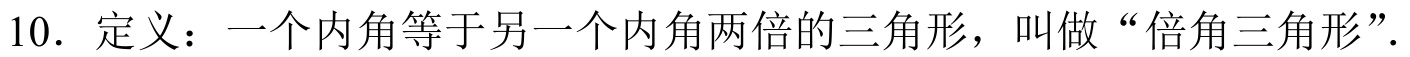
10. 定义：一个内角等于另一个内角两倍的三角形，叫做“倍角三角形”.